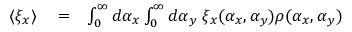
\begin{array} { r l r } { \langle \xi _ { x } \rangle } & { { } = } & { \int _ { 0 } ^ { \infty } d \alpha _ { x } \int _ { 0 } ^ { \infty } d \alpha _ { y } \; \xi _ { x } ( \alpha _ { x } , \alpha _ { y } ) \rho ( \alpha _ { x } , \alpha _ { y } ) } \end{array}